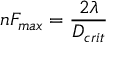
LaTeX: n F _ { m a x } = { \frac { 2 \lambda } { D _ { c r i t } } } \,